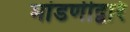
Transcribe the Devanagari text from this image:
मांडणीद्वारे